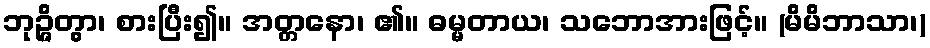
ဘုဉ္ဇိတွာ၊ စားပြီး၍။ အတ္တနော၊ ၏။ ဓမ္မတာယ၊ သဘောအားဖြင့်။ (မိမိဘာသာ၊)